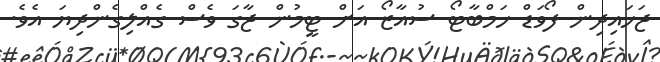
ޖަހައިދިން ފޯވަޑް ހަމްބާޓޯ ސުއާޒޯ އަށް ޓީމުން ޖާގަ ވެސް ގެއްލިގެންދިޔަ އެވެ.